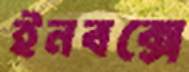
ইনবক্সে